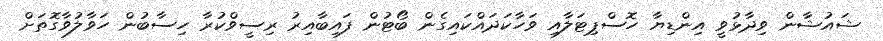
ޝައުޝާން ވިދާޅުވީ އިންޑިޔާ ހޮސްޕިޓަލާއި ވަހާކަދައްކައިގެން ބޯޓުން ފައިބާއިރު ރިސީވްކުރާ ހިސާބުން ހަވާލުވާގޮތަށް